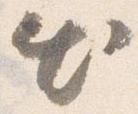
出